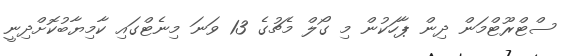
ސްޓްރޫޓްމަން ދިން ޕާހަކުން މި ގޯލް މެޗުގެ 13 ވަނަ މިނެޓްގައި ކާމިޔާބުކޮށްދިނީ